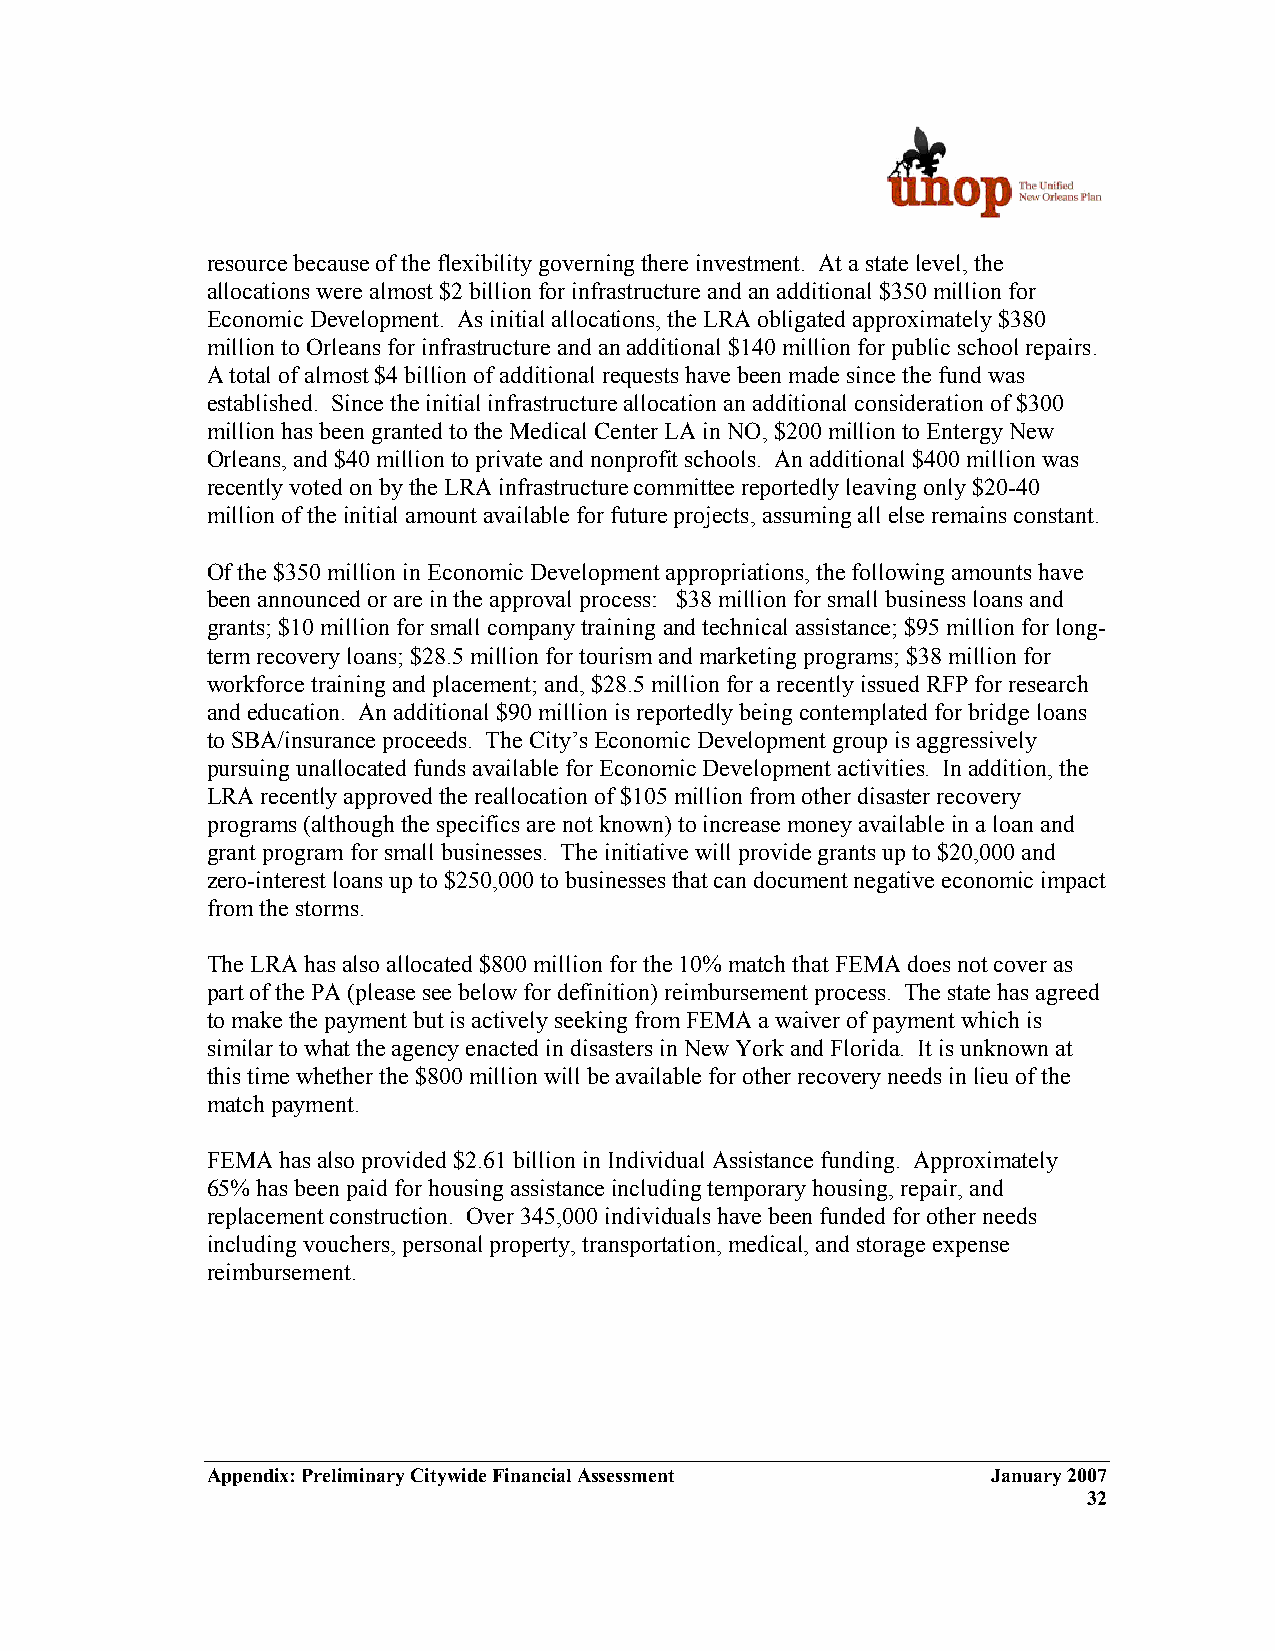
resource because of the flexibility governing there investment. At a state level, the
 allocations were almost $2 billion for infrastructure and an additional $350 million for
 Economic Development. As initial allocations, the LRA obligated approximately $380
 million to Orleans for infrastructure and an additional $140 million for public school repairs.
 A total of almost $4 billion of additional requests have been made since the fund was
 established. Since the initial infrastructure allocation an additional consideration of $300
 million has been granted to the Medical Center LA in NO, $200 million to Entergy New
 Orleans, and $40 million to private and nonprofit schools. An additional $400 million was
 recently voted on by the LRA infrastructure committee reportedly leaving only $20-40
 million of the initial amount available for future projects, assuming all else remains constant.
 Of the $350 million in Economic Development appropriations, the following amounts have
 been announced or are in the approval process: $38 million for small business loans and
 grants; $10 million for small company training and technical assistance; $95 million for long-
 term recovery loans; $28.5 million for tourism and marketing programs; $38 million for
 workforce training and placement; and, $28.5 million for a recently issued RFP for research
 and education. An additional $90 million is reportedly being contemplated for bridge loans
 to SBA/insurance proceeds. The City’s Economic Development group is aggressively
 pursuing unallocated funds available for Economic Development activities. In addition, the
 LRA recently approved the reallocation of $105 million from other disaster recovery
 programs (although the specifics are not known) to increase money available in a loan and
 grant program for small businesses. The initiative will provide grants up to $20,000 and
 zero-interest loans up to $250,000 to businesses that can document negative economic impact
 from the storms.
 The LRA has also allocated $800 million for the 10% match that FEMA does not cover as
 part of the PA (please see below for definition) reimbursement process. The state has agreed
 to make the payment but is actively seeking from FEMA a waiver of payment which is
 similar to what the agency enacted in disasters in New York and Florida. It is unknown at
 this time whether the $800 million will be available for other recovery needs in lieu of the
 match payment.
 FEMA has also provided $2.61 billion in Individual Assistance funding. Approximately
 65% has been paid for housing assistance including temporary housing, repair, and
 replacement construction. Over 345,000 individuals have been funded for other needs
 including vouchers, personal property, transportation, medical, and storage expense
 reimbursement.
 Appendix: Preliminary Citywide Financial Assessment January 2007
 32